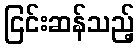
ငြင်းဆန်သည့်